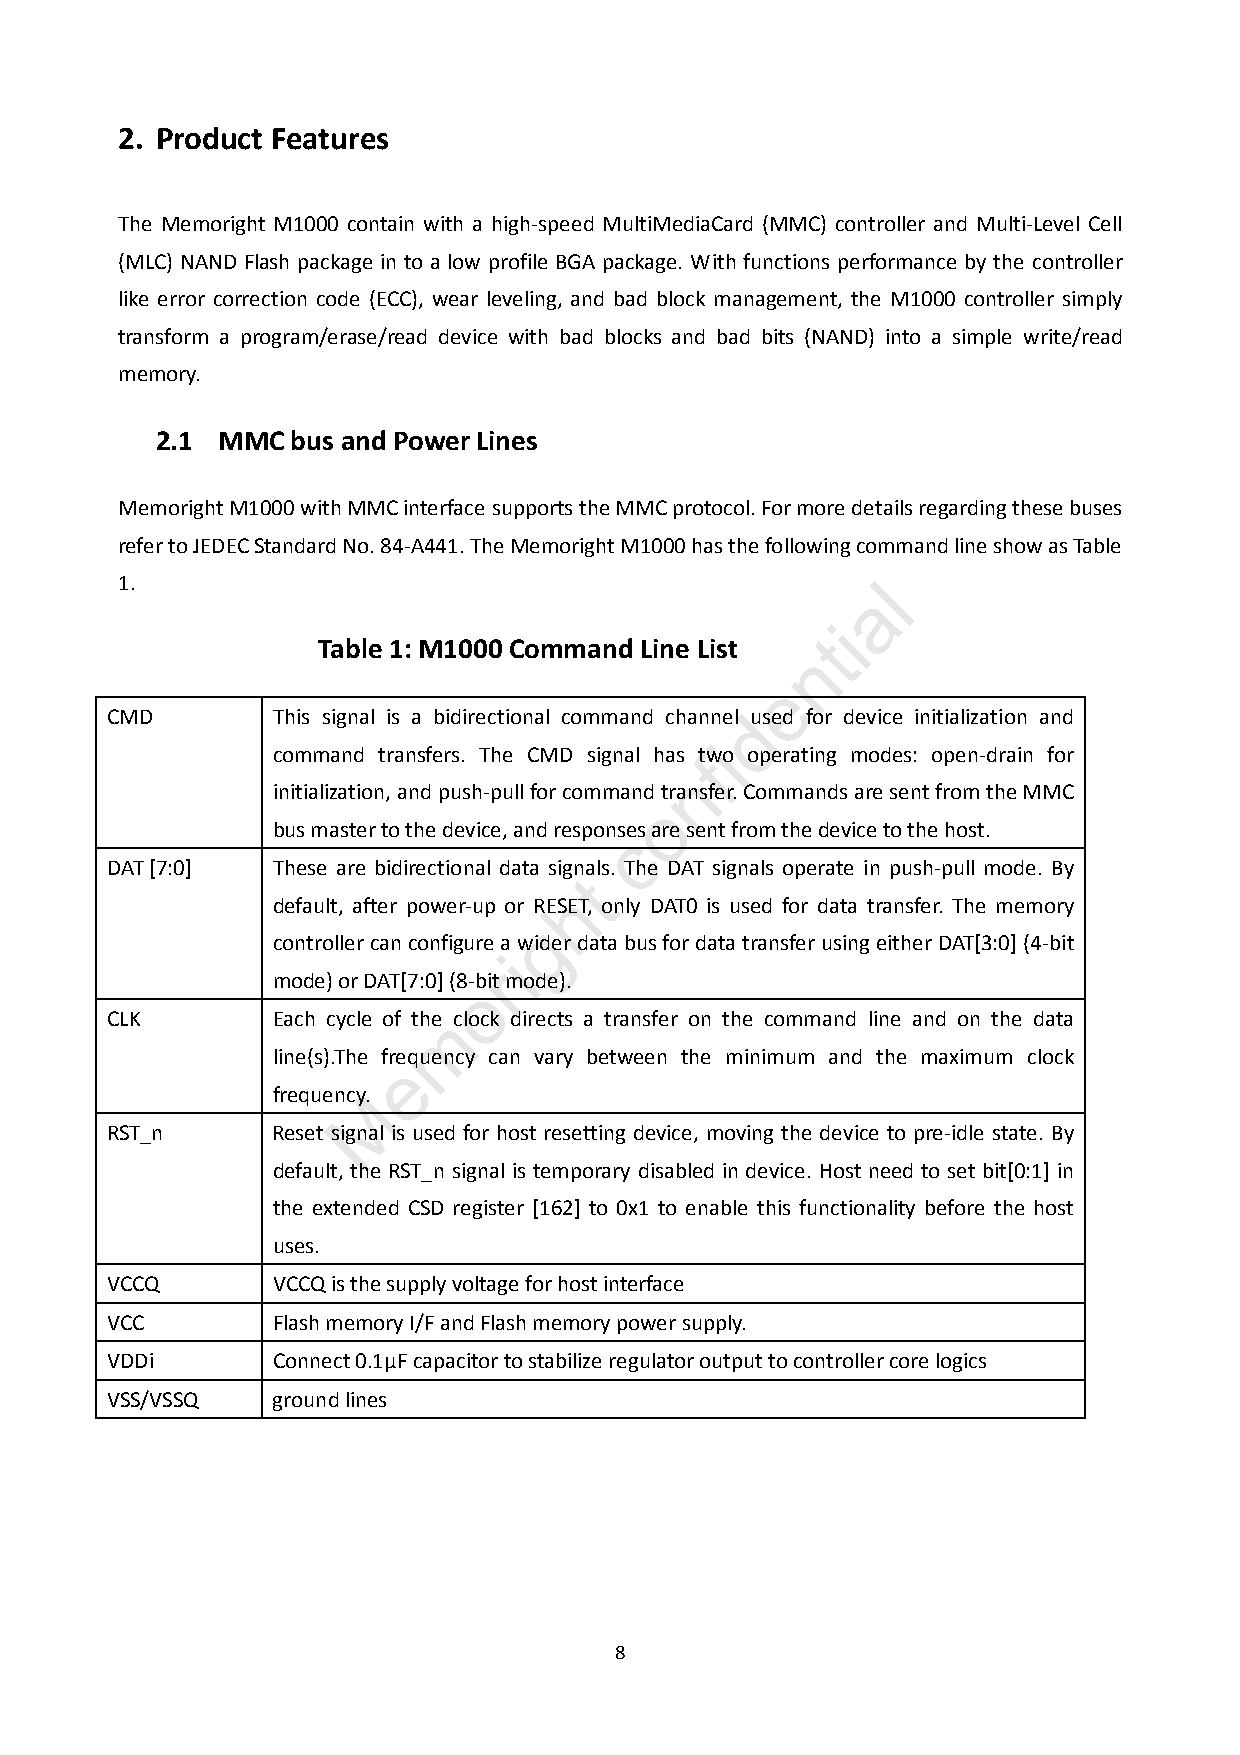
2. Product Features
 The Memoright M1000 contain with a high-speed MultiMediaCard (MMC) controller and Multi-Level Cell
 (MLC) NAND Flash package in to a low profile BGA package. With functions performance by the controller
 like error correction code (ECC), wear leveling, and bad block management, the M1000 controller simply
 transform a program/erase/read device with bad blocks and bad bits (NAND) into a simple write/read
 memory.
 2.1 MMC  bus and Power Lines
 Memoright M1000 with MMC interface supports the MMC protocol. For more details regarding these buses
 refer to JEDEC Standard No. 84-A441. The Memoright M1000 has the following command line show as Table
 1.                                                l
 a
 i
 Table 1: M1000 Command Line List t
 n
 e
 CMD        This signal is a bidirectional command channel dused for device initialization and
 i
 command transfers. The CMD signal has ftwo operating modes: open-drain for
 n
 initialization, and push-pull for command transfer. Commands are sent from the MMC
 o
 bus master to the device, and responses are sent from the device to the host.
 c
 DAT [7:0]  These are bidirectional data signa ls. The DAT signals operate in push-pull mode. By
 t
 h
 default, after power-up or RESET, only DAT0 is used for data transfer. The memory
 g
 controller can configure a wider data bus for data transfer using either DAT[3:0] (4-bit
 i
 r
 mode) or DAT[7:0] (8-bit mode).
 o
 CLK        Each cycle of them clock directs a transfer on the command line and on the data
 line(s).The frequency can vary between the minimum and the maximum clock
 e
 frequencyM.
 RST_n      Reset signal is used for host resetting device, moving the device to pre-idle state. By
 default, the RST_n signal is temporary disabled in device. Host need to set bit[0:1] in
 the extended CSD register [162] to 0x1 to enable this functionality before the host
 uses.
 VCCQ       VCCQ is the supply voltage for host interface
 VCC        Flash memory I/F and Flash memory power supply.
 VDDi       Connect 0.1μF capacitor to stabilize regulator output to controller core logics
 VSS/VSSQ   ground lines
 8